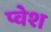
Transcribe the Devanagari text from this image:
प्वेश